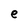
Character: e